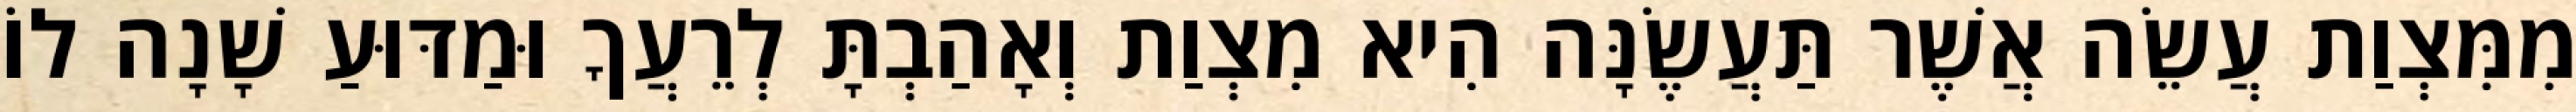
מִמִּצְוַת עֲשֵׂה אֲשֶׁר תַּעֲשֶׂנָּה הִיא מִצְוַת וְאָהַבְתָּ לְרֵעֲךָ וּמַדּוּעַ שָׁנָה לוֹ